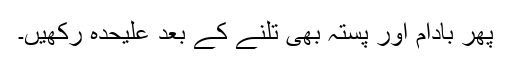
پھر بادام اور پِستہ بھی تلنے کے بعد علیحدہ رکھیں۔